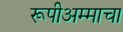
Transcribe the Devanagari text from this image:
रूपीअम्माचा